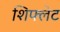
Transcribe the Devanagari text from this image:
शिफ्लेट